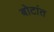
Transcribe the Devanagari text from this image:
बोटांत